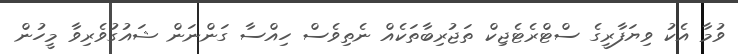
ވުމާ އެކު ވިޔަފާރީގެ ސްޓްރެޓެޖިކް ތަޖުރިބާތަކެއް ނެތިވެސް ހިއްސާ ގަންނަން ޝައުގުވެރިވާ މީހުން